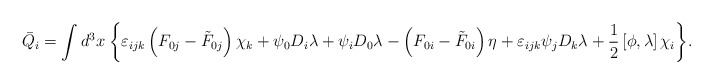
\begin{align*}\bar{Q}_i=\int d^3 x\: \biggl\{ \varepsilon_{ijk}\left( F_{0j}-\tilde{F}_{0j}\right) \chi_k+\psi_0 D_i\lambda+\psi_i D_0\lambda-\left( F_{0i}-\tilde{F}_{0i}\right) \eta+\varepsilon_{ijk}\psi_j D_k\lambda+{1\over 2}\left[\phi,\lambda\right]\chi_i\biggl\}.\end{align*}